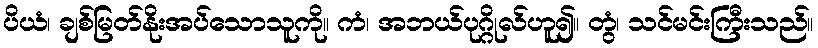
ပိယံ၊ ချစ်မြတ်နိုးအပ်သောသူကို။ ကံ၊ အဘယ်ပုဂ္ဂိုလ်ဟူ၍။ တွံ၊ သင်မင်းကြီးသည်။